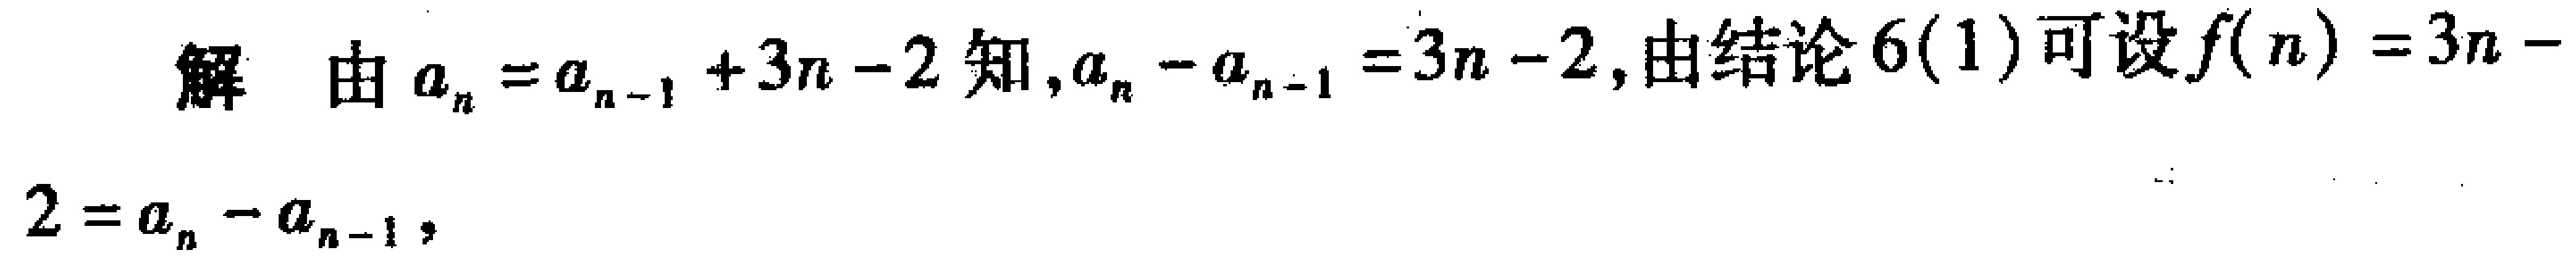
解 由\(a_{n}=a_{n - 1}+3n - 2\)知，\(a_{n}-a_{n - 1}=3n - 2\)，由结论\(6(1)\)可设\(f(n)=3n - 2=a_{n}-a_{n - 1}\)，